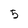
Character: 5